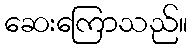
ဆေးကြောသည်။